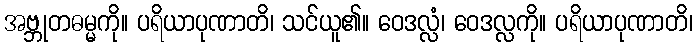
အဗ္ဘုတဓမ္မကို။ ပရိယာပုဏာတိ၊ သင်ယူ၏။ ဝေဒလ္လံ၊ ဝေဒလ္လကို။ ပရိယာပုဏာတိ၊